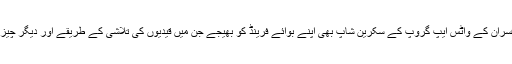
اس نے جیل کے افسران کے واٹس ایپ گروپ کے سکرین شاپ بھی اپنے بوائے فرینڈ کو بھیجے جن میں قیدیوں کی تلاشی کے طریقے اور دیگر چیزیں بتائی گئی تھیں۔